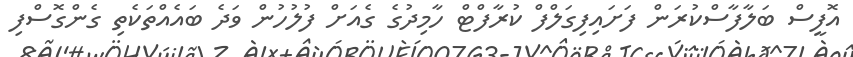
އޮފީސް ބަލާފާސްކުރަން ފަށައިފިގަލްފް ކުރާފްޓް ހާމިދުގެ ގެއަށް ފުލުހުން ވަދެ ބައެއްތަކެތި ގެންގޮސްފި